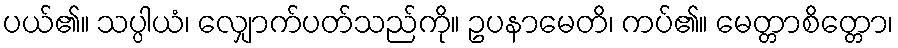
ပယ်၏။ သပ္ပါယံ၊ လျှောက်ပတ်သည်ကို။ ဥပနာမေတိ၊ ကပ်၏။ မေတ္တာစိတ္တော၊